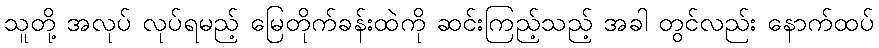
သူတို့ အလုပ် လုပ်ရမည့် မြေတိုက်ခန်းထဲကို ဆင်းကြည့်သည့် အခါ တွင်လည်း နောက်ထပ်